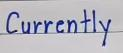
Currently